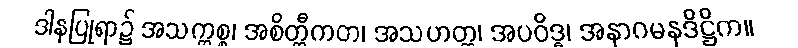
ဒါနပြုရာ၌ အသက္ကစ္စ၊ အစိတ္တီကတ၊ အသဟတ္ထ၊ အပဝိဒ္ဓ၊ အနာဂမနဒိဋ္ဌိက။